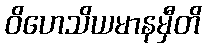
ဝိဟေသိယမာနမှီတိ